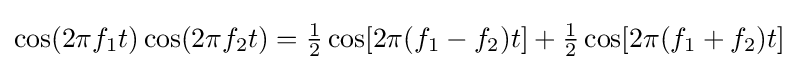
\cos(2\pi f_{1}t)\cos(2\pi f_{2}t)={\tfrac {1}{2}}\cos[2\pi (f_{1}-f_{2})t]+{\tfrac {1}{2}}\cos[2\pi (f_{1}+f_{2})t]